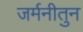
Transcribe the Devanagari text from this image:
जर्मनीतुन